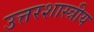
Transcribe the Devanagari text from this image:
उत्तरशास्त्रीय